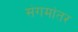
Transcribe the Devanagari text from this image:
संगमांतर